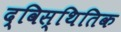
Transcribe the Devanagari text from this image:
द्विस्थितिक